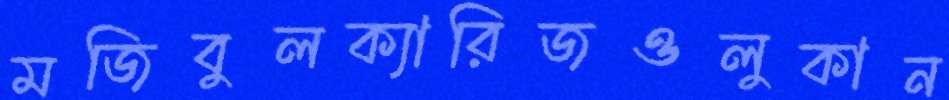
মজিবুলক্যারিজওলুকান